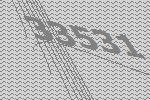
33531